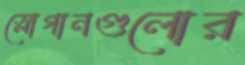
স্লোগানগুলোর